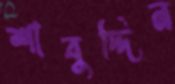
শাবুদ্দিন